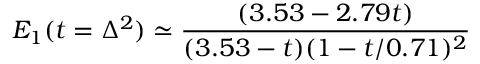
{ \cal E } _ { 1 } ( t = \Delta ^ { 2 } ) \simeq { \frac { ( 3 . 5 3 - 2 . 7 9 t ) } { ( 3 . 5 3 - t ) ( 1 - t / 0 . 7 1 ) ^ { 2 } } }